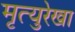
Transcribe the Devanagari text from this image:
मृत्युरेखा